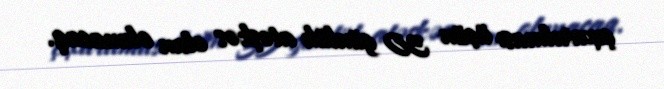
çıxarılması üçün 30 günlük atəşkəs elan olunacaq.